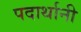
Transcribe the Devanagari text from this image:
पदार्थानी